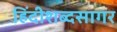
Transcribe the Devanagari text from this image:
हिंदीशब्दसागर